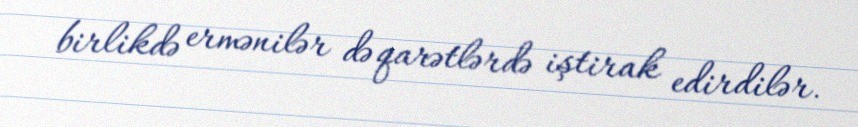
birlikdə ermənilər də qarətlərdə iştirak edirdilər.